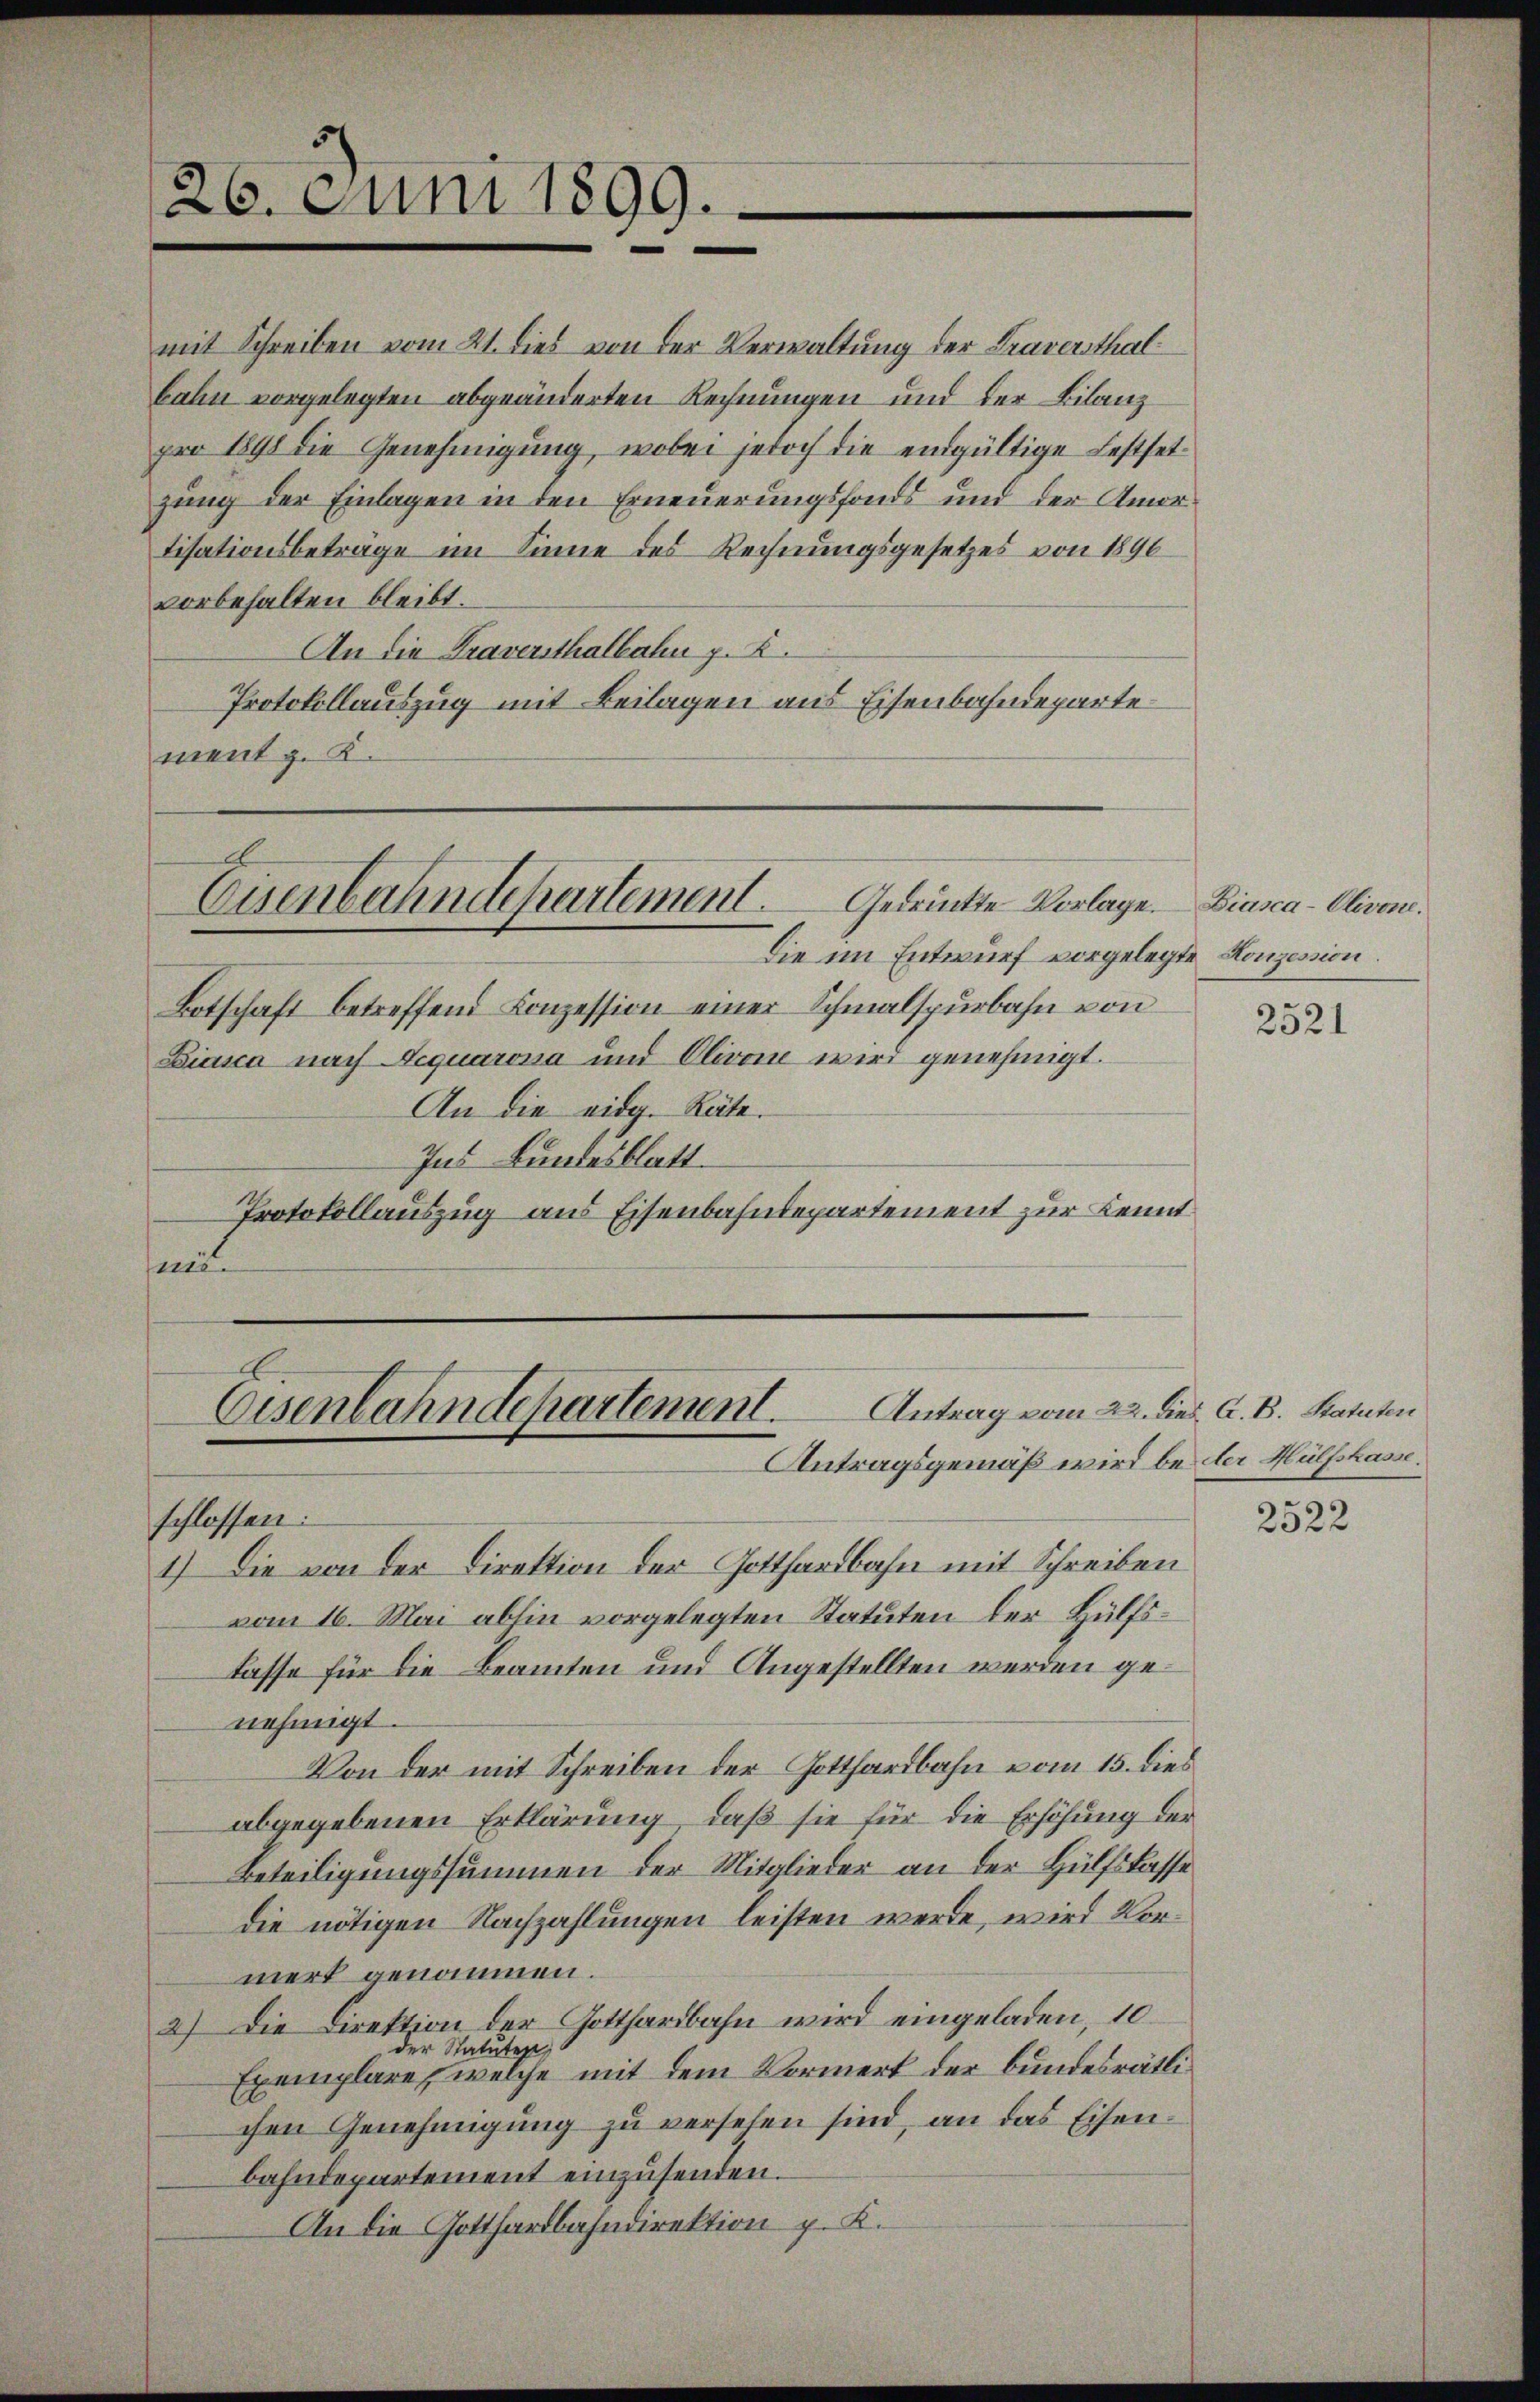
mit Schreiben vom 21. dies von der Verwaltung der Traversthalbahn vorgelegten abgeänderten Rechnungen und der Bilanz
pro 1898 die Genehmigung, wobei jedoch die endgültige Festsetzung der Einlagen in den Erneuerungsfonds und der Amortisationsbeträge im Sinne des Rechnungsgesetzes von 1896
vorbehalten bleibt.
An die Traversthalbahn p. K.
Protokollauszug mit Beilagen aus Eisenbahndeparte
ment z. K.

26. Juni 1899.
e

Gedruckte Vorlage.
Eisenbahndepartement
Die im Entwurf vorgelegte Konzession.

Botschaft betreffend Conzession einer Schmalspurbahn von
Biasca nach Aequarossa und Olivon wird genehmigt.
An die eidg. Räte.
Ins Bundesblatt.
Protokollauszug aus Eisenbahndepartement zur Kennt
mun

Eisenbahndepartement.
Antragsgemäß wird bei der Hülfskasse.
schlossen:

1.) Die von der Direktion der Gotthardbahn mit Schreiben
vom 16. Mai abhin vorgelegten Statuten der Hülfslasse für die Beamten und Angestellten werden genehmigt.
Von der mit Schreiben der Gotthardbahn vom 15. dies
abgegebenen Erklärung, daß sie für die Erhöhung der
Beteiligungssummen der Mitglieder an der Hülfskasse
die nötigen Nachzahlungen leisten werde, wird Vormerk genommen.
2) Die Direktion der Gotthardbahn wird eingeladen 10.
der Statuten,
Exemplare, welche mit dem Vormerk der bundesrätlichen Genehmigung zu versehen sind, an das Eisenbahndepartement einzusenden.
An die Gotthardbahndirektion p. K.

Antrag vom 22. dies A. B. Statuten

Biasca-Olivone.

2521

2522